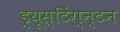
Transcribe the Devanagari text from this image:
ड्र्यूस्टिंग्न्टन